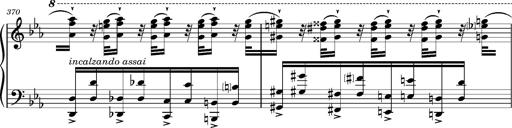
Title: Magyar rapszÃ³diÃ¡k
Composer: Franz Liszt